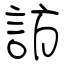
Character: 訪